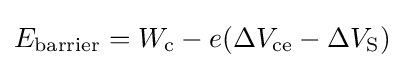
E_{\rm {barrier}}=W_{\rm {c}}-e(\Delta V_{\rm {ce}}-\Delta V_{\rm {S}})